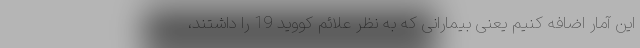
این آمار اضافه کنیم یعنی بیمارانی که به نظر علائم کووید 19 را داشتند،